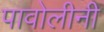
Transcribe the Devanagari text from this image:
पावोलीनी